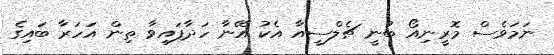
ނަމަވެސް މޮރީނިއޯ ބުނީ ޗެލްސީއާ އެކު އޭނާ ހަދާފައިވާ ތިން އަހަރާ ބައިގެ